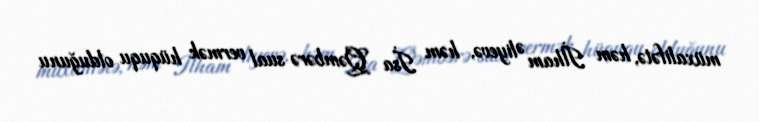
müxalifətə, həm İlham Əliyevə, həm İsa Qəmbərə sual vermək hüququ olduğunu